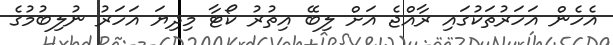
އެހެން އަހަރުތަކުގައި ރާއްޖެ އަށް ލިބޭ އިތުރު ކޯޓާ މިދިޔަ އަހަރު ނުލިބުމުގެ